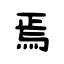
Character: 焉